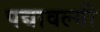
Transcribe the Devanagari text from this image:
पद्यावल्यी